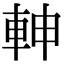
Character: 𨋙